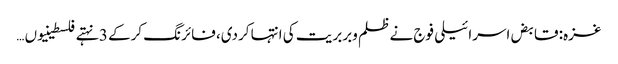
غزہ: قابض اسرائیلی فوج نے ظلم وبربریت کی انتہا کردی، فائرنگ کرکے 3 نہتے فلسطینیوں …